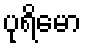
ပုရိမော